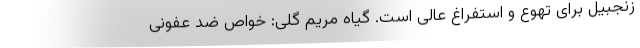
زنجبیل برای تهوع و استفراغ عالی است. گیاه مریم گلی: خواص ضد عفونی